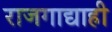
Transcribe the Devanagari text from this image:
राजगाद्याही